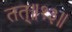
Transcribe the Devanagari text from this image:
तत्॥१३॥